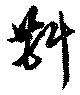
斟